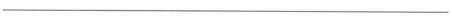
___